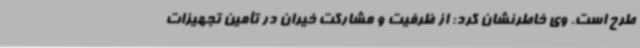
طرح است. وی خاطرنشان کرد: از ظرفیت و مشارکت خیران در تأمین تجهیزات